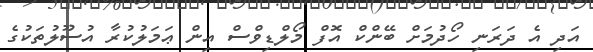
އަދި އެ ދަރަނި ހޯދުމަށް ބޭންކް އޮފް މޯލްޑިވްސް އިން ޢަމަލުކުރާ އުސޫލުތަކުގެ